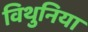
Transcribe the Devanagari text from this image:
विथुनिया